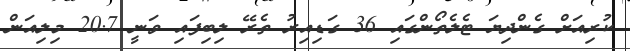
ކުރިއަށް ގެންދިޔަ ޓެލެތޯންގައި 36 ގަޑިއިރު ތެރޭ ލިބިފައި ވަނީ 20.7 މިލިއަން